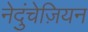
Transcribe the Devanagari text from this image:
नेदुंचेज़ियन